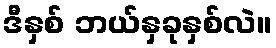
ဒီနှစ် ဘယ်နှခုနှစ်လဲ။